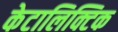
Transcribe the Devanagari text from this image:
केटालिक्टिक